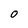
Character: O